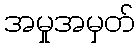
အမှုအမှတ်